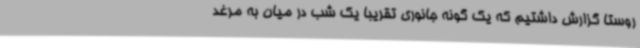
روستا گزارش داشتیم که یک گونه جانوری تقریبا یک شب در میان به مرغد